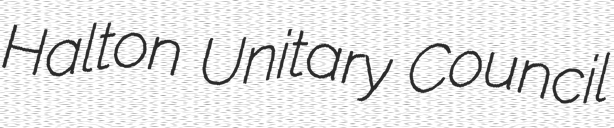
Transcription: Halton Unitary Council